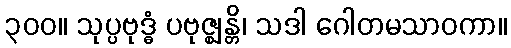
၃၀၀။ သုပ္ပဗုဒ္ဓံ ပဗုဇ္ဈန္တိ၊ သဒါ ဂေါတမသာဝကာ။